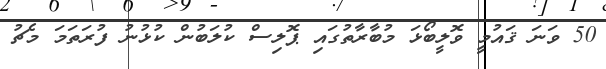
50 ވަނަ ޤައުމީ ވޮލީބޯޅަ މުބާރާތުގައި ޕޮލިސް ކުލަބުން ކުޅުނު ފުރަތަމަ މެޗު